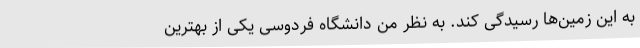
به این زمین‌ها رسیدگی کند. به نظر من دانشگاه فردوسی یکی از بهترین